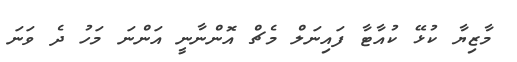
މާޒިޔާ ކުޅޭ ކުއާޓާ ފައިނަލް މެޗް އޮންނާނީ އަންނަ މަހު ދެ ވަނަ